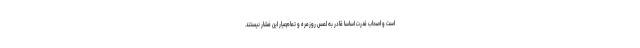
است و اصحاب قدرت اساسا قادر به لمس روزمره و تمام‌عیار این فشار نیستند.